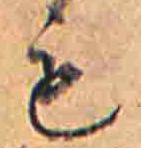
も